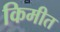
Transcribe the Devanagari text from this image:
किमीत